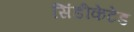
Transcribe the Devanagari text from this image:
सिंडीकेटेड